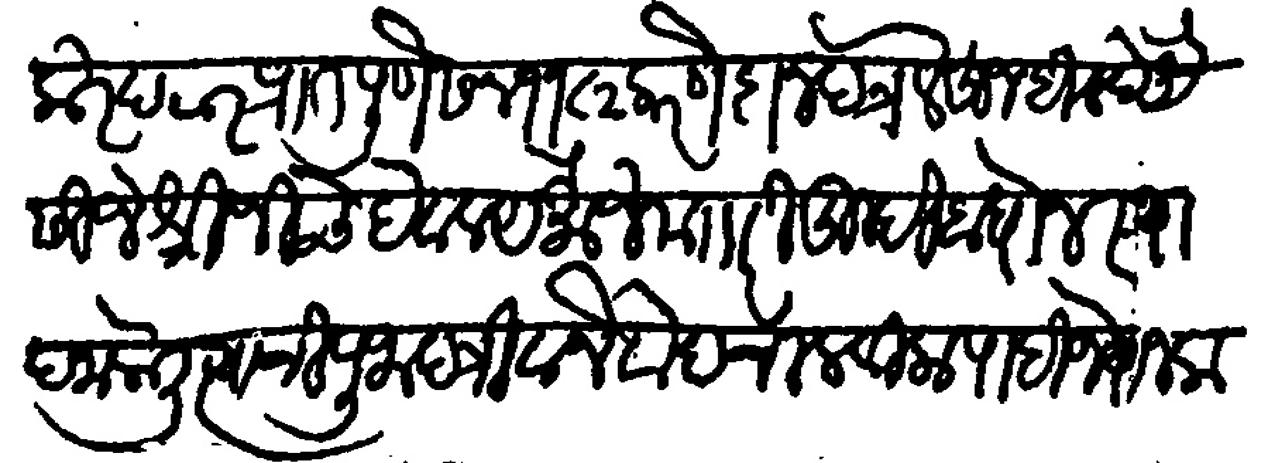
Transliteration (Devanagari): करेपठार प्रांत पुणे सन ११८२ कारणे दानपत्र लेहुन दिल्हे अैसीजे श्री जीचे देवालय मौजे मजकुरी तुम्ही बांधोन स्थापन केली त्याची पूजा पत्री व नेवद चालवीला पाहिजे याजकरिता